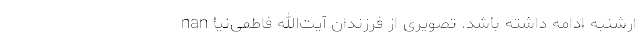
ارشنبه ادامه داشته باشد. تصویری از فرزندان آیت‌الله فاطمی‌نیا nan